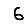
Digit: 6